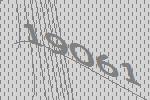
19061